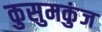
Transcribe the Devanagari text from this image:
कुसुमकुंज